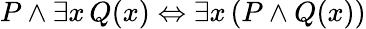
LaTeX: P\land\exists x\, Q(x)\Leftrightarrow\exists x\, (P\land Q(x))